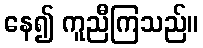
နေ၍ ကူညီကြသည်။